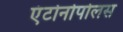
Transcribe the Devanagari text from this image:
एंटोनोपोलस